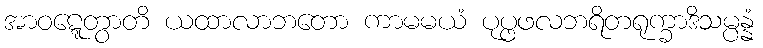
အာဝဋ္ဋေတွာတိ ယထာလာဘတော ကာမမယံ ပုပ္ဖဖလဘရိတရုက္ခာဒိသမ္ပန္နံ